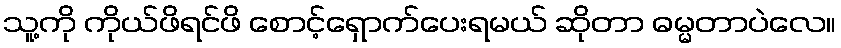
သူ့ကို ကိုယ်ဖိရင်ဖိ စောင့်ရှောက်ပေးရမယ် ဆိုတာ ဓမ္မတာပဲလေ။